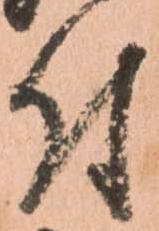
付